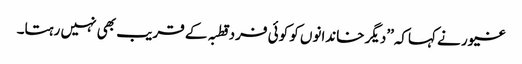
غیور نے کہاکہ’’دیگر خاندانوں کو کوئی فرد قطبہ کے قریب بھی نہیں رہتا۔